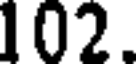
102.